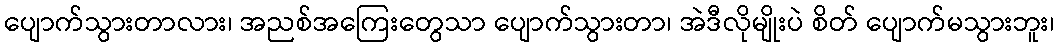
ပျောက်သွားတာလား၊ အညစ်အကြေးတွေသာ ပျောက်သွားတာ၊ အဲဒီလိုမျိုးပဲ စိတ် ပျောက်မသွားဘူး၊